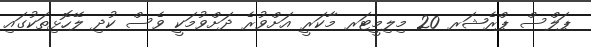
ޕަލްސް ޕްރެޝަރ 20 މިލިމީޓަރ މާކަރީ އަށްވުރެ ދަށްވުމަކީ ވެސް ކުދި ލޭހޮޅިތަކުގައި